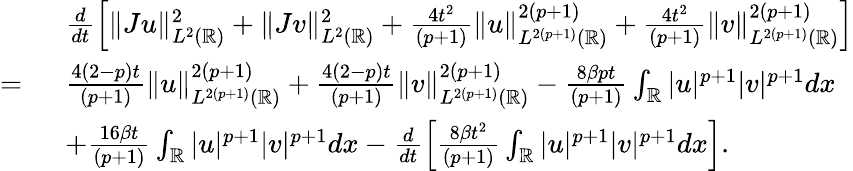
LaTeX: \begin{array}{rl}&{\frac{d}{dt}\left[\| Ju\| _{L^{2}(\mathbb{R})}^{2}+\| Jv\| _{L^{2}(\mathbb{R})}^{2}+\frac{4t^{2}}{(p+1)}\| u\| _{L^{2(p+1)}(\mathbb{R})}^{2(p+1)}+\frac{4t^{2}}{(p+1)}\| v\| _{L^{2(p+1)}(\mathbb{R})}^{2(p+1)}\right]}\\ {=\ }&{\frac{4(2-p)t}{(p+1)}\| u\| _{L^{2(p+1)}(\mathbb{R})}^{2(p+1)}+\frac{4(2-p)t}{(p+1)}\| v\| _{L^{2(p+1)}(\mathbb{R})}^{2(p+1)}-\frac{8\beta pt}{(p+1)}\int_{\mathbb{R}}|u|^{p+1}|v|^{p+1}dx}\\ {\ }&{+\frac{16\beta t}{(p+1)}\int_{\mathbb{R}}|u|^{p+1}|v|^{p+1}dx-\frac{d}{dt}\left[\frac{8\beta t^{2}}{(p+1)}\int_{\mathbb{R}}|u|^{p+1}|v|^{p+1}dx\right].}\end{array}